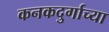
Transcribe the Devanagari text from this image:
कनकदुर्गाच्या